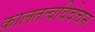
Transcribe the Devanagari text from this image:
कालतत्वविवेचन